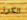
الكرز